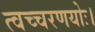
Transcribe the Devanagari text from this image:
त्वच्चरणयोः।